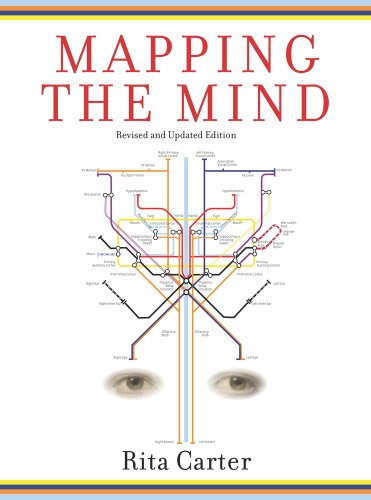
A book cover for Mapping the Mind; Rita Carter; Politics & Social Sciences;